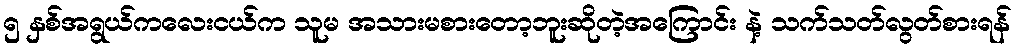
၅ နှစ်အရွယ်ကလေးငယ်က သူမ အသားမစားတော့ဘူးဆိုတဲ့အကြောင်း နဲ့ သက်သတ်လွတ်စားရန်